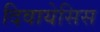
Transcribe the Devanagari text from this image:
दिवायेसिस